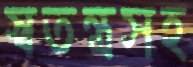
স্বতন্ত্রসহ